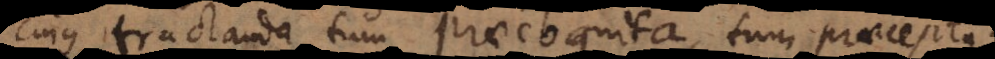
cujus tractanda tum praecognita, tum praecepta.